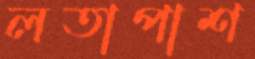
লতাপাশ